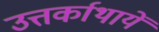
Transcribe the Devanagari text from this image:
उत्तर्काथायें